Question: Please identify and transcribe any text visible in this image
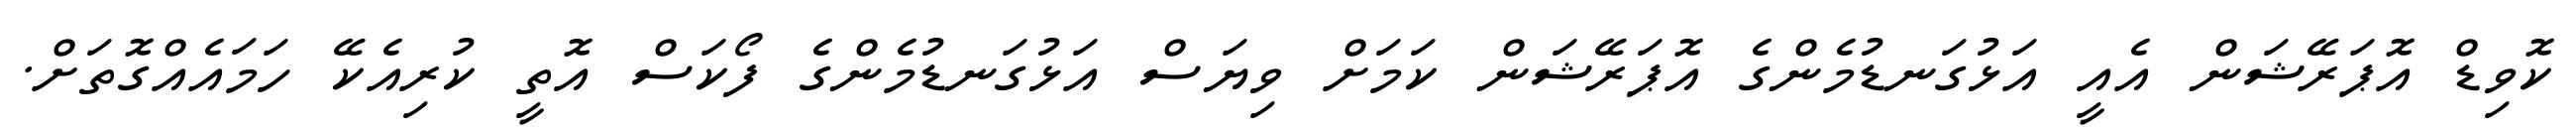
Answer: ކޮވިޑް އޮޕަރޭޝަން އެއީ އަޅުގަނޑުމެންގެ އޮޕަރޭޝަން ކަމަށް ވިޔަސް އަޅުގަނޑުމެންގެ ފޯކަސް އޮތީ ކުރިއެކޭ ހަމައެއްގޮތަށް.